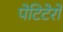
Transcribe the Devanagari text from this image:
पेटिटेरो